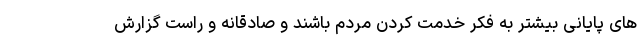
های پایانی بیشتر به فکر خدمت کردن مردم باشند و صادقانه و راست گزارش